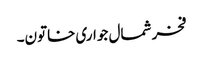
فخر شمال جواری خاتون۔